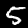
Digit: 5